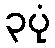
၃ပုံ